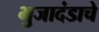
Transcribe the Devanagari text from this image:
भुजादंडाचे